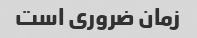
زمان ضروری است